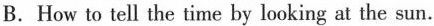
B.How to tell the time by looking at the sun.